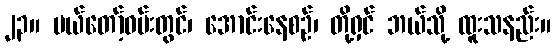
၂၃။ မယ်တော့်ဝမ်းတွင်၊ အောင်းနေစဉ်၊ တို့ရှင် ဘယ်သို့ ထူးသနည်း။